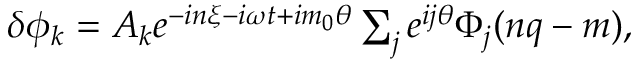
\begin{array} { r } { \delta \phi _ { k } = A _ { k } e ^ { - i n \xi - i \omega t + i m _ { 0 } \theta } \sum _ { j } e ^ { i j \theta } \Phi _ { j } ( n q - m ) , } \end{array}